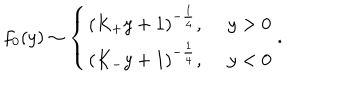
f _ { 0 } ( y ) \sim \left\{ \begin{matrix} { { ( K _ { + } y + 1 ) ^ { - { \frac { 1 } { 4 } } } , \ y > 0 } } \\ { { ( K _ { - } y + 1 ) ^ { - { \frac { 1 } { 4 } } } , \ y < 0 } } \\ \end{matrix} \right. .